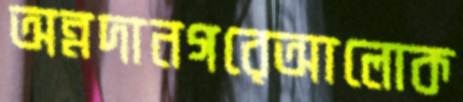
অন্নদানগরেআলোক